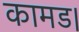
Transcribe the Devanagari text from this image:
कामड।